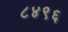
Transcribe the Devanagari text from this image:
८४९६